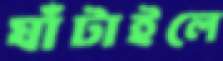
ঘাঁটাইলে